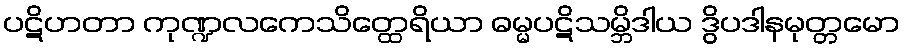
ပဋိဟတာ ကုဏ္ဍလကေသိတ္ထေရိယာ ဓမ္မပဋိသမ္ဘိဒါယ ဒွိပဒါနမုတ္တမော